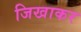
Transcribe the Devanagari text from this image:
जिखाकर